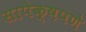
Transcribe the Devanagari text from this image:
सापेक्षपणे